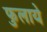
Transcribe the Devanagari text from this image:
फुलाये